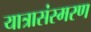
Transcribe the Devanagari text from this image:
यात्रासंस्मरण